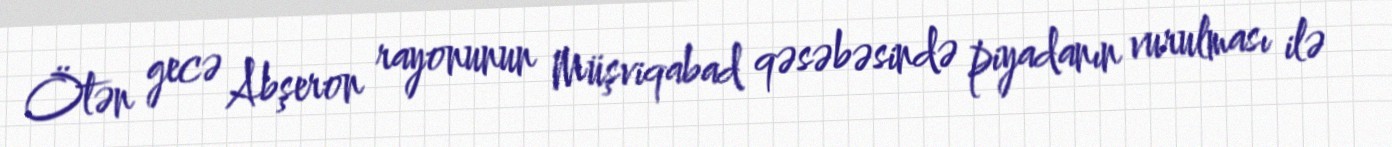
Ötən gecə Abşeron rayonunun Müşviqabad qəsəbəsində piyadanın vurulması ilə